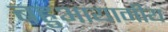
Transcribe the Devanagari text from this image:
बहुआयामीय